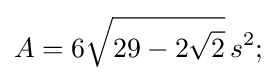
A=6{\sqrt {29-2{\sqrt {2}}}}\,s^{2};